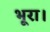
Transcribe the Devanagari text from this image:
भूरा।